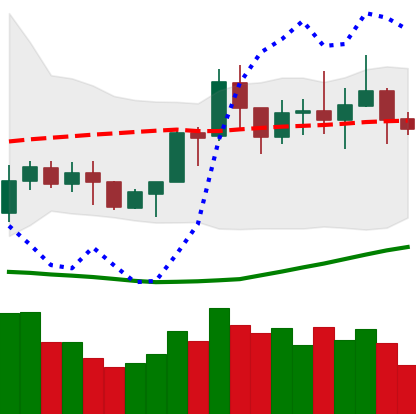
Ticker: NEO-USD
Chart end date: 2020-07-17
Forward return: 9.046%
Label: up_7plus